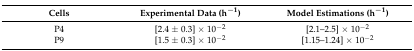
<table><thead><tr><td><b>Cells</b></td><td><b>Experimental Data (h<sup>−1</sup>)</b></td><td><b>Model Estimations (h<sup>−1</sup>)</b></td></tr></thead><tbody><tr><td>P4</td><td>[2.4 ± 0.3] × 10<sup>−2</sup></td><td>[2.1–2.5] × 10<sup>−2</sup></td></tr><tr><td>P9</td><td>[1.5 ± 0.3] × 10<sup>−2</sup></td><td>[1.15–1.24] × 10<sup>−2</sup></td></tr></tbody></table>